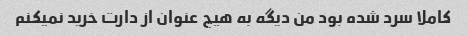
کاملا سرد شده بود من دیگه به هیچ عنوان از دارت خرید نمیکنم